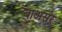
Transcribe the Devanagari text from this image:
बाअसर